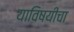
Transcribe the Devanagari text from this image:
याविषयीचा